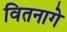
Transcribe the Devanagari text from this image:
वितनागे